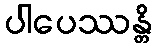
ပါပေဿန္တိ